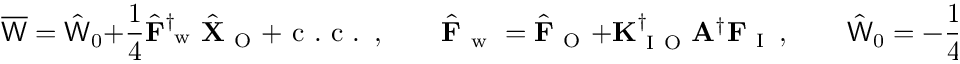
\overline { { \mathsf { W } } } = \hat { \mathsf { W } } _ { 0 } + \frac { 1 } { 4 } \hat { \mathbf { F } } _ { \mathrm { ~ w ~ } } ^ { \dagger } \hat { \mathbf { X } } _ { \mathrm { ~ O ~ } } + \mathrm { ~ c ~ . ~ c ~ . ~ } \, , \qquad \hat { \mathbf { F } } _ { \mathrm { ~ w ~ } } = \hat { \mathbf { F } } _ { \mathrm { ~ O ~ } } + \mathbf { K } _ { \mathrm { ~ I ~ O ~ } } ^ { \dagger } \mathbf { A } ^ { \dagger } \mathbf { F } _ { \mathrm { ~ I ~ } } \, , \qquad \hat { \mathsf { W } } _ { 0 } = - \frac { 1 } { 4 } \mathbf { F } _ { \mathrm { ~ I ~ } } ^ { \dagger } \mathbf { A } \hat { \mathbf { F } } _ { \mathrm { ~ I ~ } } \, .